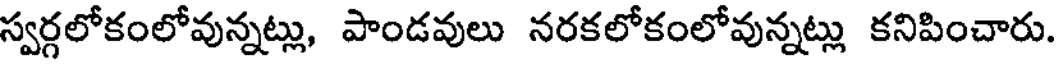
స్వర్గలోకంలోవున్నట్లు, పాండవులు నరకలోకంలోవున్నట్లు కనిపించారు.